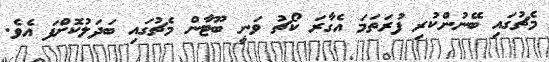
މެޗުގައި ބޭނުންކުރި ފުރަތަމަ އެގާރަ ކޯޗު ވަނީ ބޫޓާން މެޗުގައި ބަދަލުކޮށްފަ އެވެ.